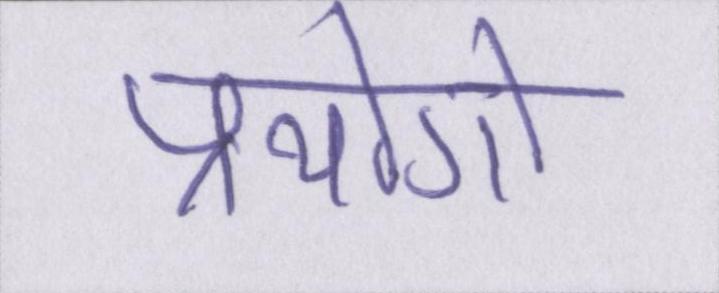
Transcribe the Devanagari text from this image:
प्रयोगो